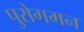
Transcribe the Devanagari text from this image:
पुरोगमन